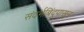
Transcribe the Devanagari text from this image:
संदर्भबिंदूपासून